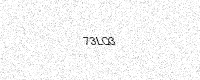
Text: 73LQ3